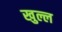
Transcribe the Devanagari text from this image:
खुल्ल